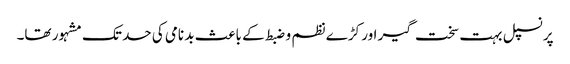
پرنسپل بہت سخت گیر اور کڑے نظم و ضبط کے باعث بد نامی کی حد تک مشہور تھا۔